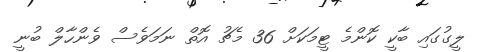
ލީގުގައި ބާކީ ކޮންމެ ޓީމަކަށް 36 މެޗު އޮތް ނަމަވެސް ވެންހާލް ބުނީ